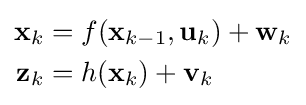
{\begin{aligned}\mathbf {x} _{k}&=f(\mathbf {x} _{k-1},\mathbf {u} _{k})+\mathbf {w} _{k}\\\mathbf {z} _{k}&=h(\mathbf {x} _{k})+\mathbf {v} _{k}\end{aligned}}